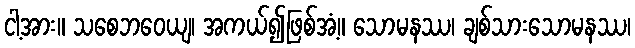
ငါ့အား။ သစေဘဝေယျ၊ အကယ်၍ဖြစ်အံ့။ သောမနဿ၊ ချစ်သားသောမနဿ၊